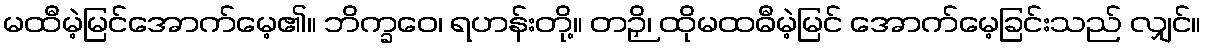
မထီမဲ့မြင်အောက်မေ့၏။ ဘိက္ခဝေ၊ ရဟန်းတို့။ တဉှိ၊ ထိုမထဓီမဲ့မြင် အောက်မေ့ခြင်းသည် လျှင်။